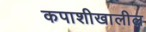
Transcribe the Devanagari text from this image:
कपाशीखालील